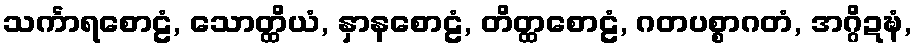
သင်္ကာရစောဠံ, သောတ္ထိယံ, နှာနစောဠံ, တိတ္ထစောဠံ, ဂတပစ္စာဂတံ, အဂ္ဂိဍဍ္ဎံ,